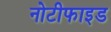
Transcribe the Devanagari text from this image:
नोटीफाइड